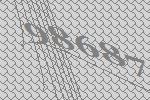
98687